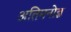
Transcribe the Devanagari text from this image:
अतिमनोज्ञ